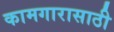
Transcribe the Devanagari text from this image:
कामगारासाठी